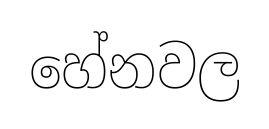
හේනවල